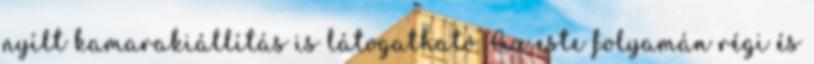
nyílt kamarakiállítás is látogatható. Az este folyamán régi és